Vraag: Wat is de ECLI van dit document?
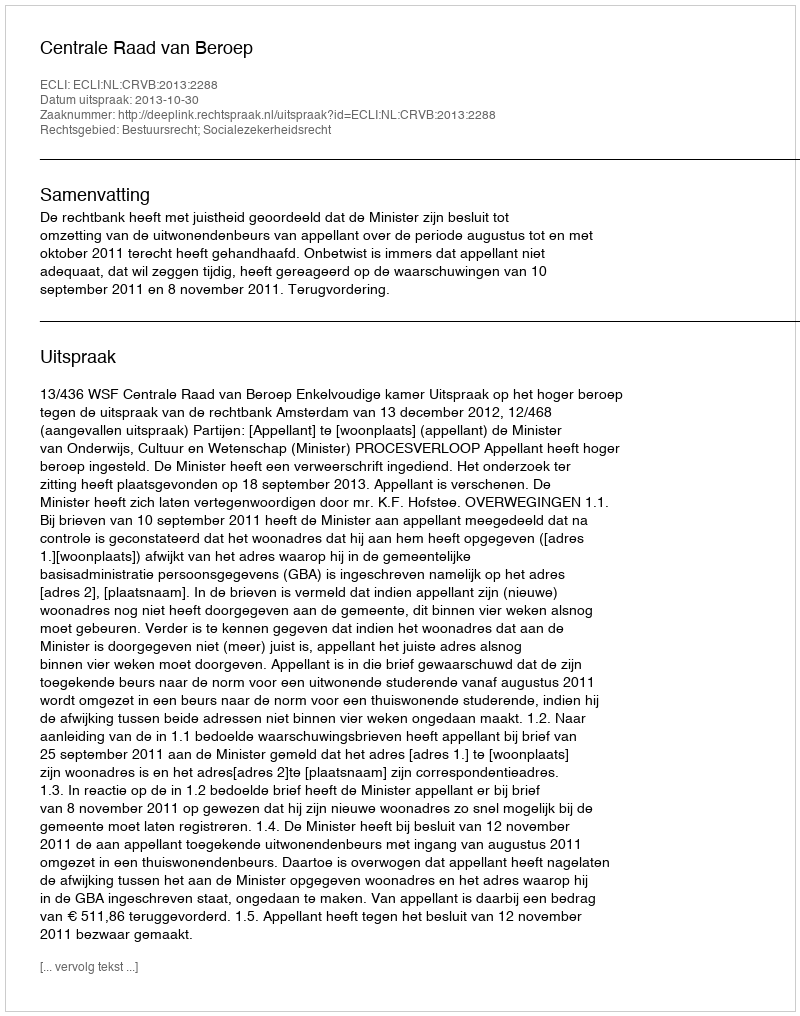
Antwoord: ECLI:NL:CRVB:2013:2288